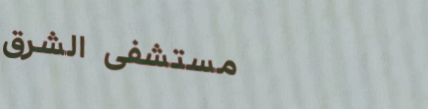
مستشفى الشرق